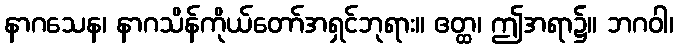
နာဂသေန၊ နာဂသိန်ကိုယ်တော်အရှင်ဘုရား။ ဧတ္ထ၊ ဤအရာ၌။ ဘဂဝါ၊